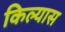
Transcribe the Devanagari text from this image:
किल्यास